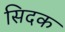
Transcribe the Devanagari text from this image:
सिदक